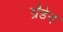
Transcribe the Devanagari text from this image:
ग्रैडेन